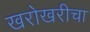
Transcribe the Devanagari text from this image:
खरोखरीचा